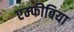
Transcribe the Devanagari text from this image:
एम्‍फीबिया